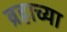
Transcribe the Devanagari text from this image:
ब्रह्राच्या